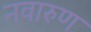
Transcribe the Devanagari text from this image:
नवारुण